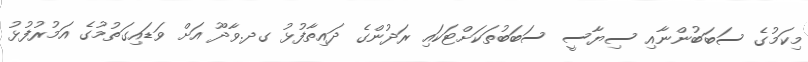
މިކަމުގެ ސަބަބުންނާއި ސިޔާސީ ސަބަބުތަކަށްޓަކައި ރަދުންގެ ދައިތާފުޅު ގދ.ވާދޫ އަށް ވަޑައިގަތުމުގެ އަމުރުފުޅު